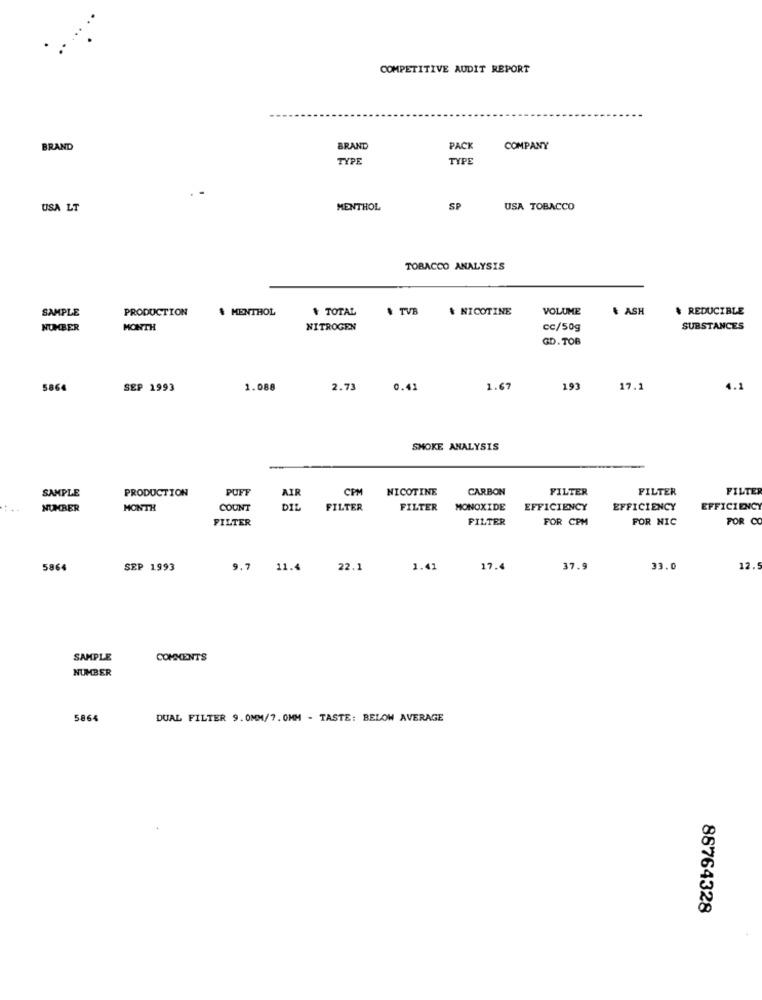
COMPETITIVE AUDIT REPORT
BRAND
BRAND
PACK
COMPANY
TYPE
TYPE
USA LT
MENTHOL
SP
USA TOBACCO
TOBACCO ANALYSIS
SAMPLE
PRODUCTION
$ MENTHOL
# TOTAL
# TVB
& NICOTINE
VOLUME
& ASH
& REDUCIBLE
NUMBER
MONTH
NITROGEN
cc/50g
SUBSTANCES
GD. TOB
5864
SEP 1993
1.088
2.73
0.41
1.67
193
17.1
4.1
SMOKE ANALYSIS
SAMPLE
PRODUCTION
PUFF
CPM
NICOTINE
CARBON
FILTER
FILTER
FILTER
AIR
NUMBER
MONTH
COUNT
DIE
FILTER
FILTER
MONOXIDE
EFFICIENCY
EFFICIENCY
EFFICIENCY
FILTER
FILTER
FOR CPM
FOR NIC
FOR CO
5864
SEP 1993
9.7 11.4
22.1
1.41
17.4
37.9
33.0
12.
SAMPLE
COMMENTS
NUMBER
5864
DUAL FILTER 9.0MM/7. 0MM - TASTE: BELOW AVERAGE
88764328